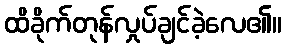
ထိခိုက်တုန်လှုပ်ချင်ခဲ့လေ၏။